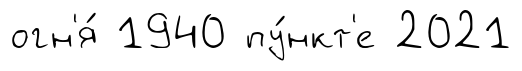
огн'я́ 1940 пу́нкт'е 2021